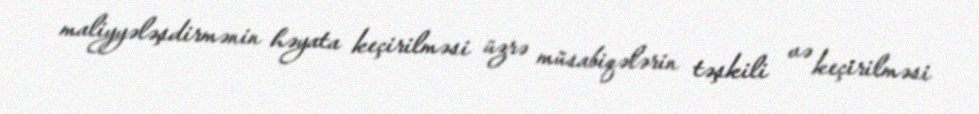
maliyyələşdirmənin həyata keçirilməsi üzrə müsabiqələrin təşkili və keçirilməsi